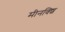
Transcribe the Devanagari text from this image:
मीनक्शि